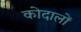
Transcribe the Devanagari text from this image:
कोदालों